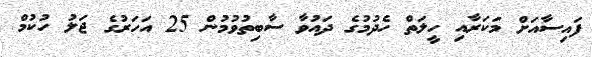
ފައިސާއަށް މަކަރާއި ހީލަތް ހެދުމުގެ ދައުވާ ސާބިތުވުމުން 25 އަހަރުގެ ޖަލު ހުކުމް